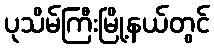
ပုသိမ်ကြီးမြို့နယ်တွင်